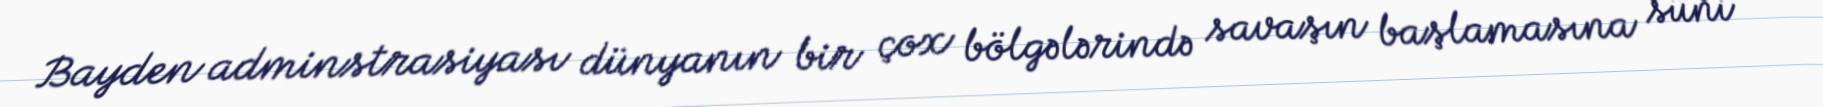
Bayden adminstrasiyası dünyanın bir çox bölgələrində savaşın başlamasına süni